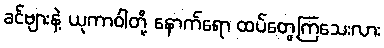
ခင်ဗျားနဲ့ ယုကာဝါတို့ နောက်ရော ထပ်တွေ့ကြသေးလား